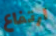
ارتفاع